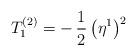
LaTeX: \begin{align*}T_1^{(2)}=-\,\frac{1}{2}\,\bigl(\eta^1\bigr)^2\end{align*}